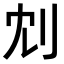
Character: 𠛌